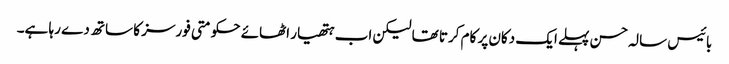
بائیس سالہ حسن پہلے ایک دکان پر کام کرتا تھا لیکن اب ہتھیار اٹھائے حکومتی فورسز کا ساتھ دے رہا ہے۔